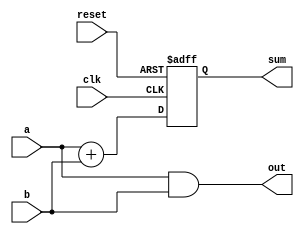
module example_design (
    input wire clk,          // Clock input
    input wire reset,        // Reset input
    input wire [3:0] a,      // 4-bit input a
    input wire [3:0] b,      // 4-bit input b
    output reg [4:0] sum,    // 5-bit output for sum
    output reg [3:0] out     // 4-bit output for some combinational logic
);

// Combinational logic using always @*
always @* begin
    // Example: Simple combinational logic (AND operation)
    out = a & b; // Perform bitwise AND operation
end

// Sequential logic using always @(posedge clk)
always @(posedge clk or posedge reset) begin
    if (reset) begin
        sum <= 5'b0; // Reset sum to 0
    end else begin
        sum <= a + b; // Perform addition on the rising edge of the clock
    end
end

endmodule